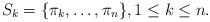
LaTeX: \begin{align*}S_k = \{\pi_k, \ldots, \pi_n\}, 1 \leq k \leq n.\end{align*}